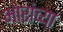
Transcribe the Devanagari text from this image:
भारांच्या